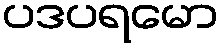
ပဒပရမော